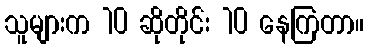
သူများက 10 ဆိုတိုင်း 10 နေကြတာ။